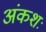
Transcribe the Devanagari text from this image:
अंकशः